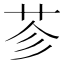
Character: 𦭏